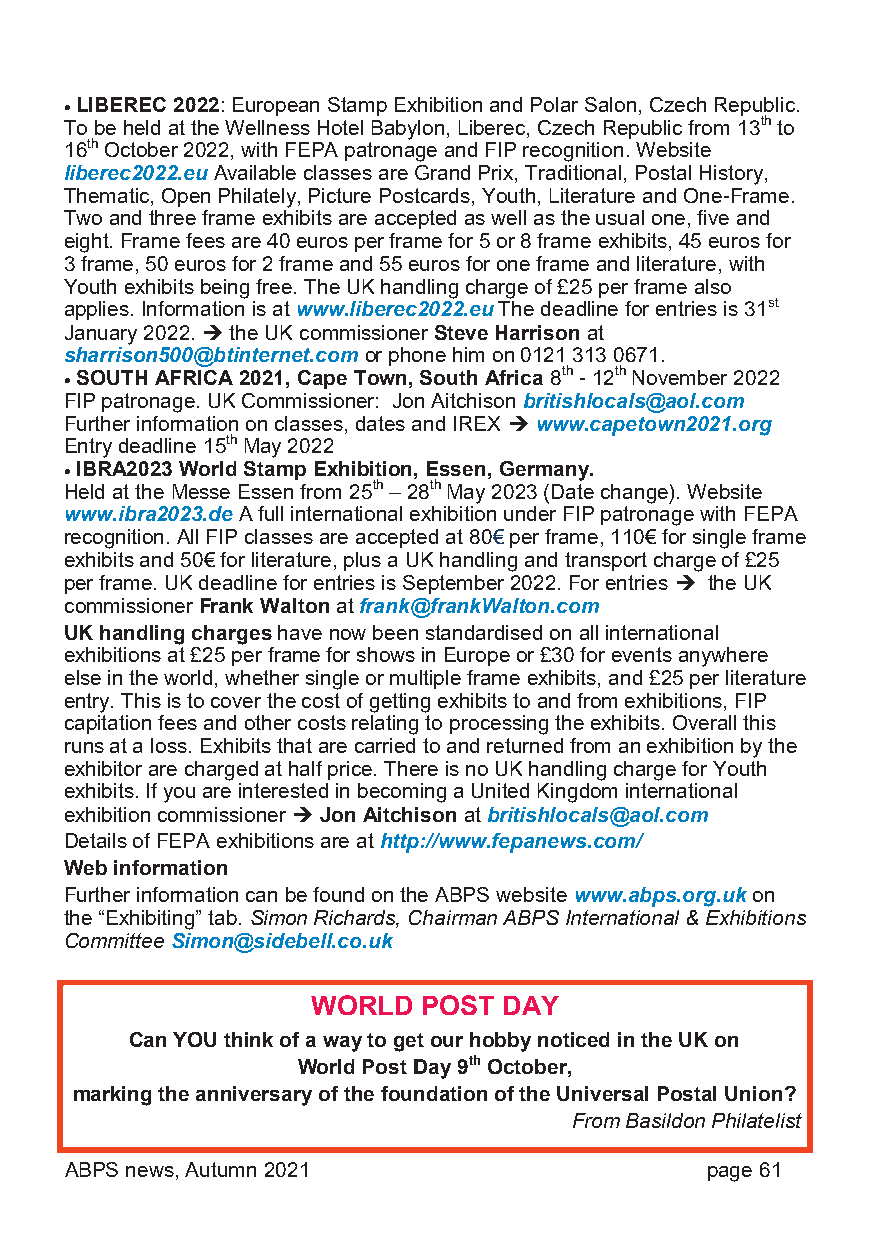
 LIBEREC 2022: European Stamp Exhibition and Polar Salon, Czech Republic.
 To be held at the Wellness Hotel Babylon, Liberec, Czech Republic from 13th to
 16th October 2022, with FEPA patronage and FIP recognition. Website
 liberec2022.eu Available classes are Grand Prix, Traditional, Postal History,
 Thematic, Open Philately, Picture Postcards, Youth, Literature and One-Frame.
 Two and three frame exhibits are accepted as well as the usual one, five and
 eight. Frame fees are 40 euros per frame for 5 or 8 frame exhibits, 45 euros for
 3 frame, 50 euros for 2 frame and 55 euros for one frame and literature, with
 Youth exhibits being free. The UK handling charge of £25 per frame also
 applies. Information is at www.liberec2022.eu The deadline for entries is 31st
 January 2022.  the UK commissioner Steve Harrison at
 sharrison500@btinternet.com or phone him on 0121 313 0671.
  SOUTH AFRICA 2021, Cape Town, South Africa 8th - 12th November 2022
 FIP patronage. UK Commissioner: Jon Aitchison britishlocals@aol.com
 Further information on classes, dates and IREX  www.capetown2021.org
 Entry deadline 15th May 2022
  IBRA2023 World Stamp Exhibition, Essen, Germany.
 Held at the Messe Essen from 25th – 28th May 2023 (Date change). Website
 www.ibra2023.de A full international exhibition under FIP patronage with FEPA
 recognition. All FIP classes are accepted at 80€ per frame, 110€ for single frame
 exhibits and 50€ for literature, plus a UK handling and transport charge of £25
 per frame. UK deadline for entries is September 2022. For entries  the UK
 commissioner Frank Walton at frank@frankWalton.com
 UK handling charges have now been standardised on all international
 exhibitions at £25 per frame for shows in Europe or £30 for events anywhere
 else in the world, whether single or multiple frame exhibits, and £25 per literature
 entry. This is to cover the cost of getting exhibits to and from exhibitions, FIP
 capitation fees and other costs relating to processing the exhibits. Overall this
 runs at a loss. Exhibits that are carried to and returned from an exhibition by the
 exhibitor are charged at half price. There is no UK handling charge for Youth
 exhibits. If you are interested in becoming a United Kingdom international
 exhibition commissioner  Jon Aitchison at britishlocals@aol.com
 Details of FEPA exhibitions are at http://www.fepanews.com/
 Web information
 Further information can be found on the ABPS website www.abps.org.uk on
 the “Exhibiting” tab. Simon Richards, Chairman ABPS International & Exhibitions
 Committee Simon@sidebell.co.uk
 WORLD  POST DAY
 Can YOU think of a way to get our hobby noticed in the UK on
 World Post Day 9th October,
 marking the anniversary of the foundation of the Universal Postal Union?
 From Basildon Philatelist
 ABPS news, Autumn 2021                     page 61